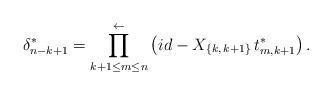
LaTeX: \begin{align*}{\delta^*_{n-k+1}} = \prod_{k+1\le m\le n}^{\gets} \left(id-X_{\{k,\,k+1\}}\, t_{m,k+1}^*\right).\end{align*}